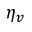
\eta _ { v }